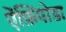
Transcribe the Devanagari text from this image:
ऐंफ़िपोडा